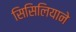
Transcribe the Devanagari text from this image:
सिसिलियाने